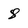
Character: 8